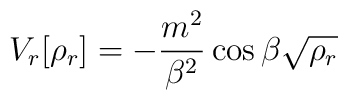
V_r[\rho_r] =-\frac {m^2} {\beta^2} \cos \beta \sqrt{\rho_r}